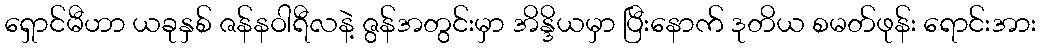
ရှောင်မီဟာ ယခုနှစ် ဇန်နဝါရီလနဲ့ ဇွန်အတွင်းမှာ အိန္ဒိယမှာ ပြီးနောက် ဒုတိယ စမတ်ဖုန်း ရောင်းအား